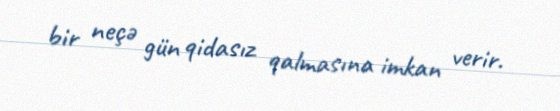
bir neçə gün qidasız qalmasına imkan verir.